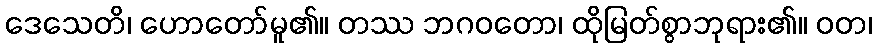
ဒေသေတိ၊ ဟောတော်မူ၏။ တဿ ဘဂဝတော၊ ထိုမြတ်စွာဘုရား၏။ ဝတ၊